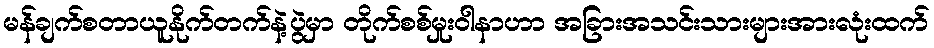
မန်ချက်စတာယူနိုက်တက်နဲ့ပွဲမှာ တိုက်စစ်မှုးဝါနာဟာ အခြားအသင်းသားများအားလုံးထက်